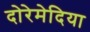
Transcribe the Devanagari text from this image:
दोरेमेदिया